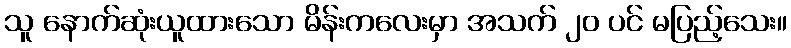
သူ နောက်ဆုံးယူထားသော မိန်းကလေးမှာ အသက် ၂၀ ပင် မပြည့်သေး။